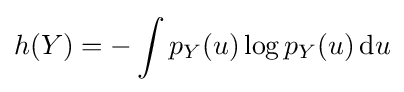
h(Y)=-\int p_{Y}(u)\log p_{Y}(u)\,\mathrm {d} u